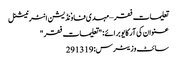
تعلیمات فقر – مہدی فاوٗنڈیشن انٹرنیشنل
عنوان کی آرکایو برائے: "تعلیمات فقر"
سائٹ وزیٹرس: 291319